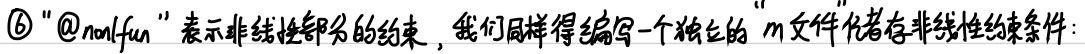
\textcircled{6} “@nonlfun”表示非线性部分的约束，我们同样得编写一个独立的“m文件”代替非线性约束条件: